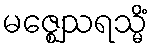
မဇ္ဈေသရသ္မိံ